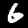
Label: 6